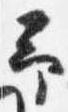
予